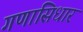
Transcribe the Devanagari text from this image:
गणासिधार